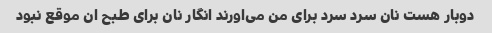
دوبار هست نان سرد سرد برای من می‌اورند انگار نان برای طبح ان موقع نبود